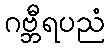
ဂဗ္ဘီရပညံ